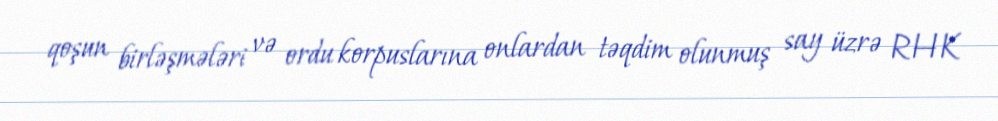
qoşun birləşmələri və ordu korpuslarına onlardan təqdim olunmuş say üzrə RHK